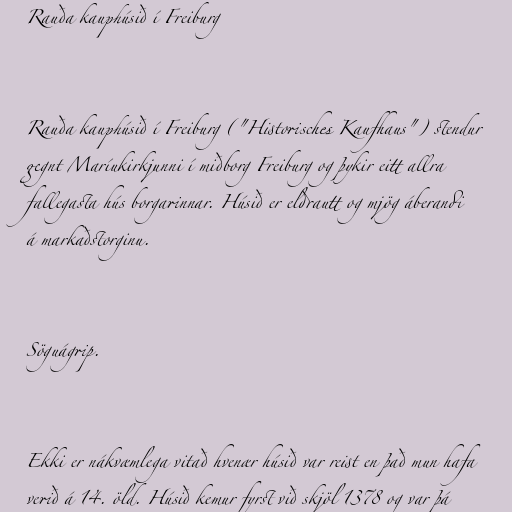
Rauða kauphúsið í Freiburg

Rauða kauphúsið í Freiburg ("Historisches Kaufhaus") stendur
gegnt Maríukirkjunni í miðborg Freiburg og þykir eitt allra
fallegasta hús borgarinnar. Húsið er eldrautt og mjög áberandi
á markaðstorginu.

Söguágrip.

Ekki er nákvæmlega vitað hvenær húsið var reist en það mun hafa
verið á 14. öld. Húsið kemur fyrst við skjöl 1378 og var þá